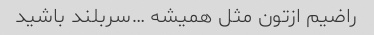
راضیم ازتون مثل همیشه …سربلند باشید